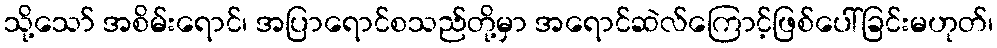
သို့သော် အစိမ်းရောင်၊ အပြာရောင်စသည်တို့မှာ အရောင်ဆဲလ်ကြောင့်ဖြစ်ပေါ်ခြင်းမဟုတ်၊